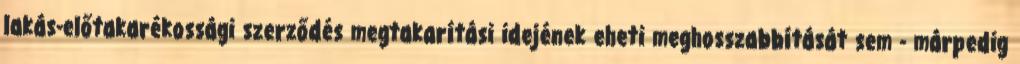
lakás-előtakarékossági szerződés megtakarítási idejének eheti meghosszabbítását sem - márpedig